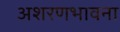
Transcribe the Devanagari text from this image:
अशरणभावना